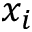
x _ { i }